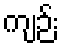
ကျဉ်း